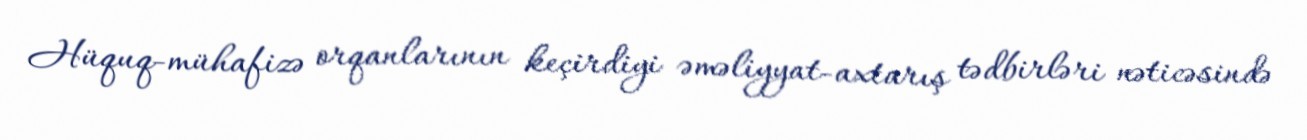
Hüquq-mühafizə orqanlarının keçirdiyi əməliyyat-axtarış tədbirləri nəticəsində